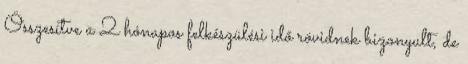
Összesítve a 2 hónapos felkészülési idő rövidnek bizonyult, de